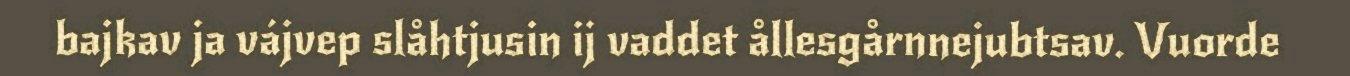
bajkav ja vájvep slåhtjusin ij vaddet ållesgårnnejubtsav. Vuorde